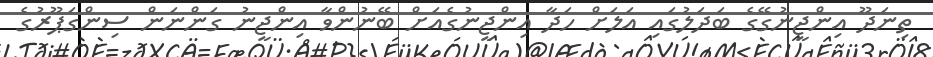
ތިނަދޫ އިންޖީނުގޭގެ ބަދަލުގައި އަލަށް ހަދާ އިންޖީނުގެއަށް ބޭނުންވާ އިންޖީނު ގަންނަން ސިންގަޕޫރުގެ